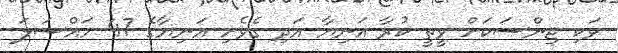
ވަކި ޖިންސަކަށް ވީތީ ކުރާ އަނިޔާ އަދި ގެވެށި އަނިޔާގެ 47 މައްސަލަ